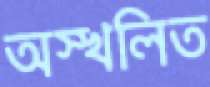
অস্খলিত